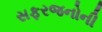
સફરજનોની